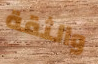
والثقة